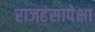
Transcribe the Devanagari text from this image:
राजहंसापेक्षा